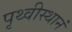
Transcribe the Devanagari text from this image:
पृथ्वीस्थानं